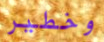
وخطير